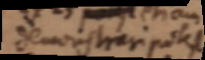
demonstreri potest